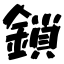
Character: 鎖